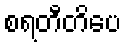
စရတီတိပေ